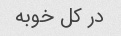
در کل خوبه